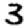
Digit: 3